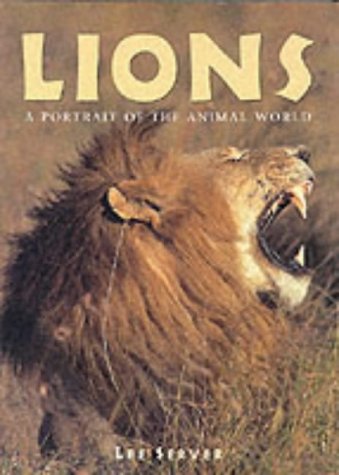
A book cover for Lions (Portraits of the Animal World); Lee Server; Sports & Outdoors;